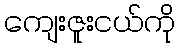
ကျေးဇူးငယ်ကို